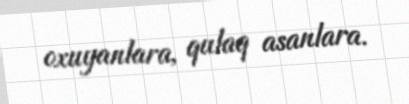
oxuyanlara, qulaq asanlara.